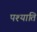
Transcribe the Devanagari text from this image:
पश्याति